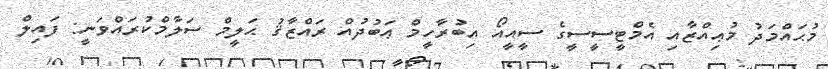
މުޙައްމަދު މުޢިއްޒާއި އެމްޓީސީސީގެ ސީއީއޯ އިބުރާހީމް ޢަބުދުއް ރައްޒާޤު ޙަލީމް ސަލާމްކުރައްވަނީ: ފައިލް